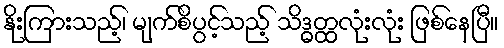
နိုးကြားသည့်၊ မျက်စိပွင့်သည့် သိဒ္ဓတ္ထလုံးလုံး ဖြစ်နေပြီ။